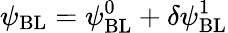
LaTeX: \psi_{\mathrm{{BL}}}=\psi_{\mathrm{{BL}}}^{0}+\delta\psi_{\mathrm{{BL}}}^{1}